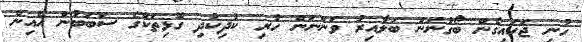
ހުނި ޖަހައިގެން ބޯގުނަން ބަލާއިރު ވަންނަން ހުރި ކުދިކުދި ގޮޅިތަކުގެ ސަބަބުން އެއިން